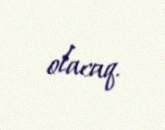
olacaq.